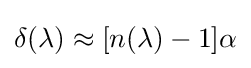
\delta (\lambda )\approx [n(\lambda )-1]\alpha